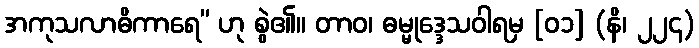
အကုသလာဓိကာရေ” ဟု စွဲ၏။ တာဝ၊ ဓမ္မုဒ္ဒေသဝါရမှ [၀၁] (နိ၊ ၂၂၄)